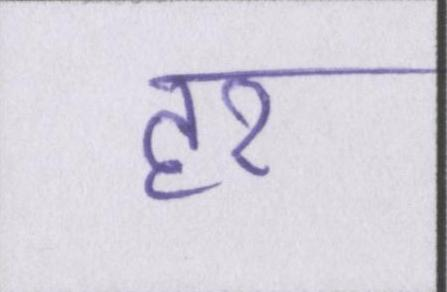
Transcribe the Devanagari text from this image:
हर